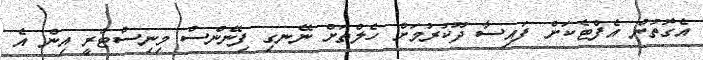
އެގޮތުން އެފްޓެކަށް ފައިސާ ދޫކުރުމަށް ހެލްތަށް ނޭނގި ފިނޭންސް މިނިސްޓްރީ އިން އެ